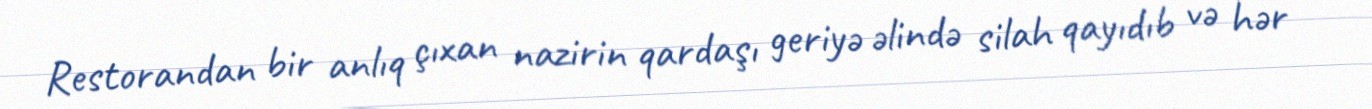
Restorandan bir anlıq çıxan nazirin qardaşı geriyə əlində silah qayıdıb və hər